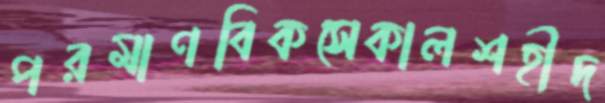
পরমাণবিকসেকালশহীদ